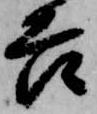
吉